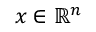
x \in \mathbb { R } ^ { n }